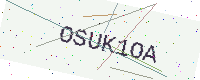
Text: OSUK1OA